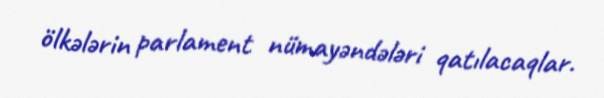
ölkələrin parlament nümayəndələri qatılacaqlar.